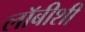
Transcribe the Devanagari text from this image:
लाॅबीशी